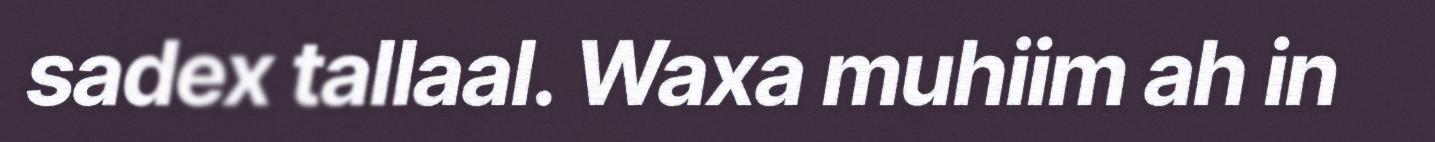
sadex tallaal. Waxa muhiim ah in